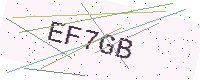
Text: EF7GB